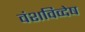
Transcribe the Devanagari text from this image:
वंशविव्देष